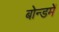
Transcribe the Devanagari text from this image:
बोन्डमें